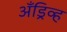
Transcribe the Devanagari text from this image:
अँड्रिव्ह